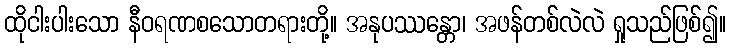
ထိုငါးပါးသော နီဝရဏစသောတရားတို့။ အနုပဿန္တော၊ အဖန်တစ်လဲလဲ ရှုသည်ဖြစ်၍။